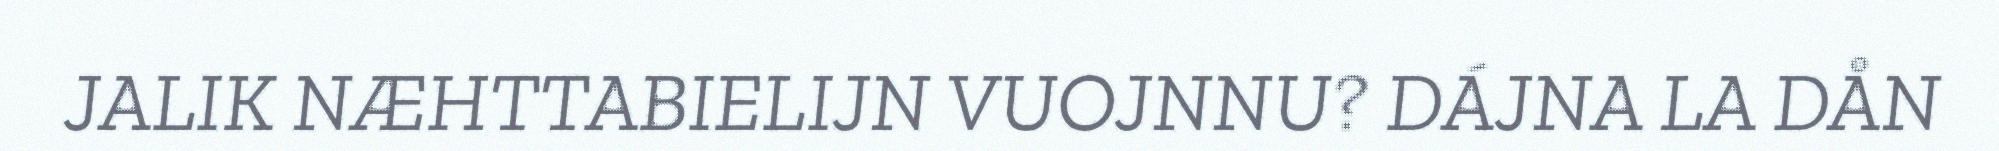
JALIK NÆHTTABIELIJN VUOJNNU? DÁJNA LA DÅN